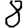
Digit: 8